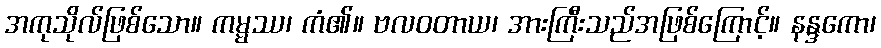
အကုသိုလ်ဖြစ်သော။ ကမ္မဿ၊ ကံ၏။ ဗလဝတာယ၊ အားကြီးသည်အဖြစ်ကြောင့်။ နန္ဒကော၊